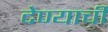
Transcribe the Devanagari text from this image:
देण्‍याची